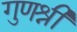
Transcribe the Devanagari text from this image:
गुणश्री